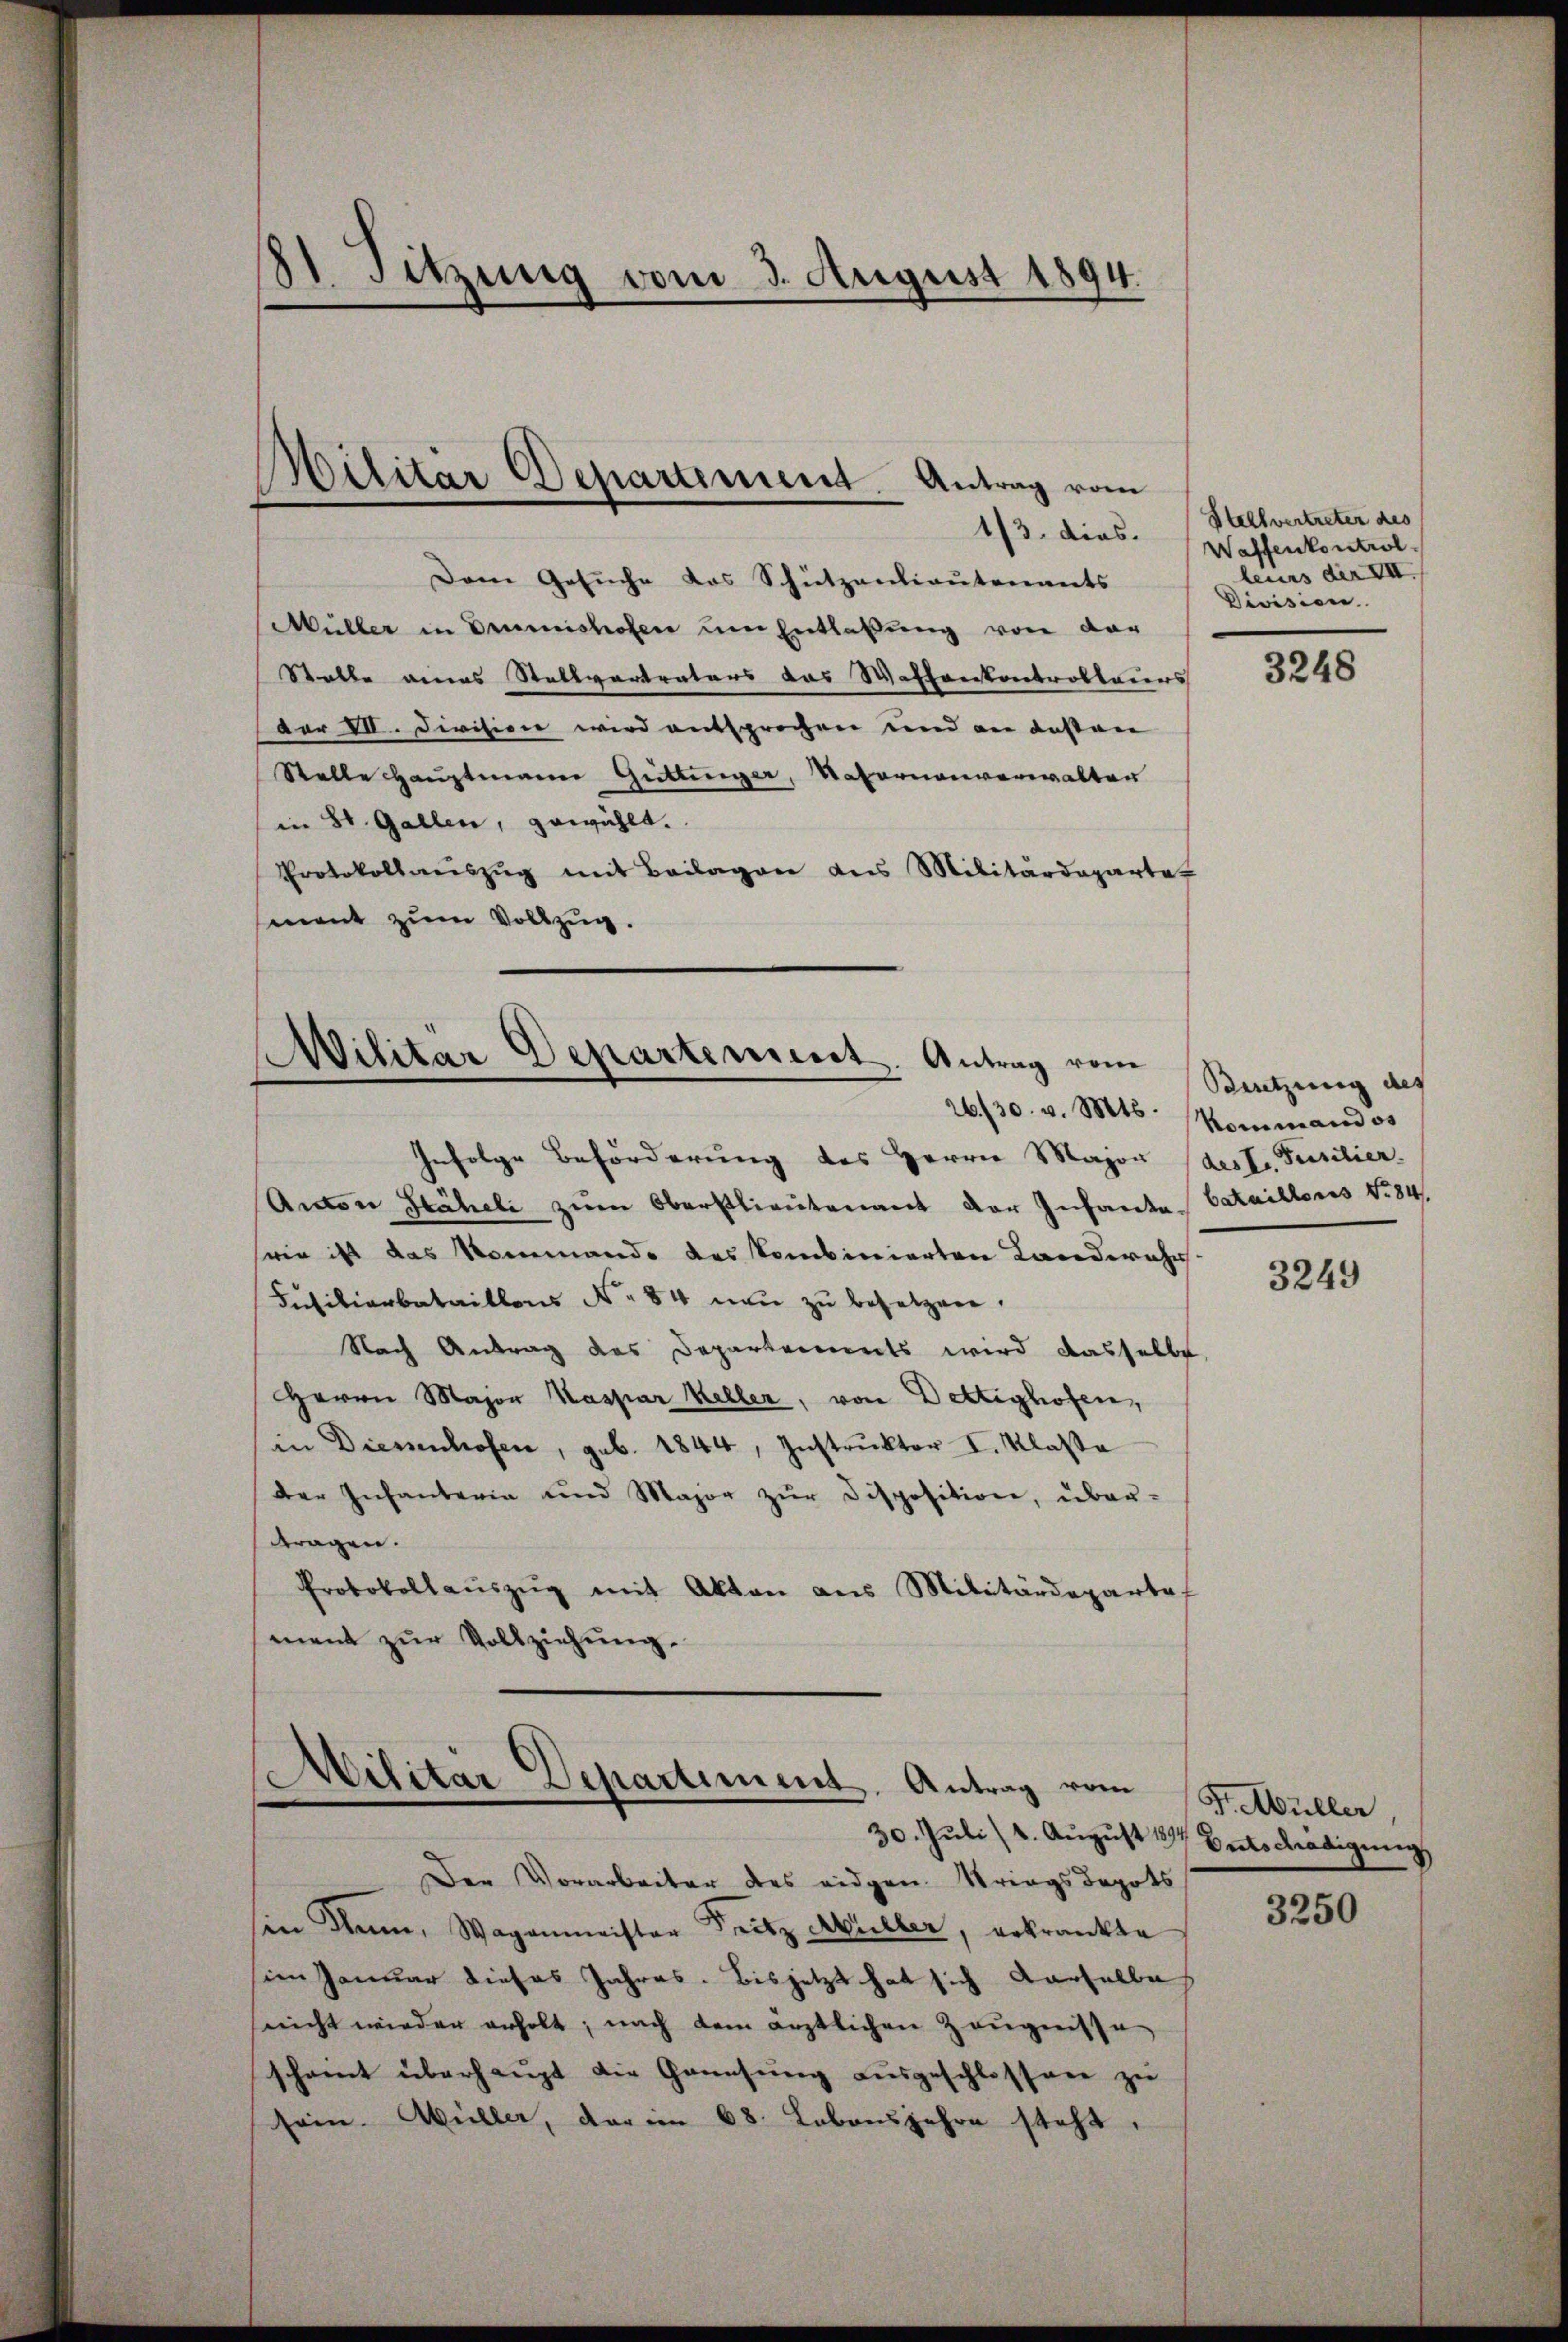
St. Sitzung vom 3. August 1894.

Dem Gesuche das Schutzanlieutenants
Müller in Drumishofen um Entlaßung von der
Statte eines Stellvertraters das Waffenkontrollauers
dor VII. Division wird entsprochen und an dessen
Stelle Hauptmann Güttinger, Notornenverwalten
in St. Gallen, gewählt.
Protokollaŭszŭg mit Beilagen aus Militärdeparte
sment zum Vollzug.

Militär Departiment. Antrag vom
1/3. dies.

Militär Departement. Antrag vom
26./30. v. Mts.

Gefolge Beförderung des Herrn Major (deste Füsilier.
Anton Stäheli zum Oberstlieutenant der Infante Cataillons No 84
seien ist das Kommando des kombinierten Landwehr
Füsiliarbataillons No 84 neu zu besetzen.
Nach Antrag des Departements wird dasselbe,
Herrn Major Kaspar Keller, von Dettighofen,
in Diesenhofen, geb. 1844, Instruktor I. Klasse
der Infanteria und Major zŭr disposition, über-
tragen.
Protokollaŭszŭg mit Akten aus Militärdeparte
ment zur Vollziehung.

Militar Departement. Antrag vom
30. Juli) 4. August 17 Entschädigung

Der Vorarbeiter des eidgen. Strings depots
sin Mann, Wagenmeister Fritz Müller, erkrankte
im Januar dieses Jahres. Bis jetzt hat sich derselbe
nicht wieder erholt; nach dem ärztlichen Zeugnisse
scheint überhaupt die Genesung ausgeschlossen zu
sein. Müller, der im 68. Lebensjahre steht.

Stellvertreter des
Waffenkontrol
leurs der VII.
Division.

3248

Beutzung des
Kommandos

3249

Fr. Müller.

3250